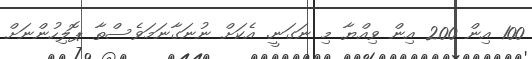
100 އިން 200 އިން ވިއްޔާ މި ނަގަނީ. އެކަށް ނުނަގާނަމަވެސްތާ ޕޮލިހުންނަށް